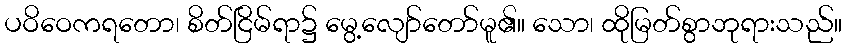
ပဝိဝေကရတော၊ စိတ်ငြိမ်ရာ၌ မွေ့လျော်တော်မူ၏။ သော၊ ထိုမြတ်စွာဘုရားသည်။